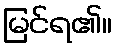
မြင်ရ၏။